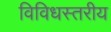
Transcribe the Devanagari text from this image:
विविधस्तरीय